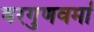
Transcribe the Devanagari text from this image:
वरगुणवर्मा